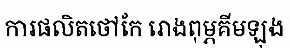
ការផលិតថៅកែ រោងពុម្ភគីមឡុង